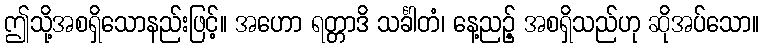
ဤသို့အစရှိသောနည်းဖြင့်။ အဟော ရတ္တာဒိ သင်္ခါတံ၊ နေ့ညဉ့် အစရှိသည်ဟု ဆိုအပ်သော။